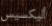
أليكسيس